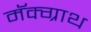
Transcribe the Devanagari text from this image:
मॅक्ग्राथ